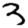
Digit: 3